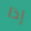
إذا